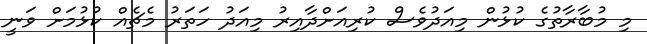
މި މުބާރާތުގެ ކުޅުން މިއަދުވެސް ކުރިއަށްދާއިރު މިއަދު ހަތަރު މެޗެއް ކުޅުމަށް ވަނީ